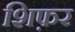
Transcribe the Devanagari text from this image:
शिफ़र